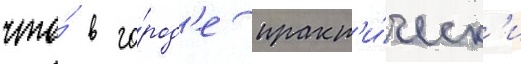
что́ в го́род'е практ'и́ческ'и